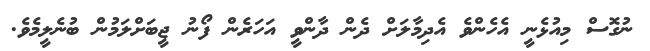
ނުގޮސް މިއުޅެނީ އެހެންވެ އެދިމާލަށް ދެން ދާންވީ އަހަރެން ފޯނު ޖީބަށްލަމުން ބުނެލީމެވެ.